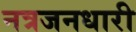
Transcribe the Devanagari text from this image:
नत्रजनधारी